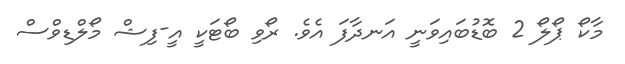
މާކޯ ޕޯލޯ 2 ބޮޑުބައިވަނީ އަނދާފަ އެވެ. ރޯވި ބޯޓަކީ އީ-ފިޝް މޯލްޑިވްސް